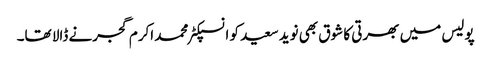
پولیس میں بھرتی کا شوق بھی نوید سعید کو انسپکٹر محمد اکرم گجرنے ڈالا تھا۔